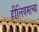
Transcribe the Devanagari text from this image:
हीलियमाच्या